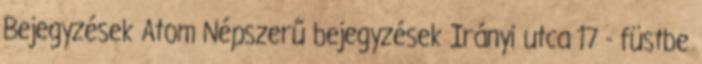
Bejegyzések Atom Népszerű bejegyzések Irányi utca 17 - füstbe